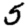
Digit: 5